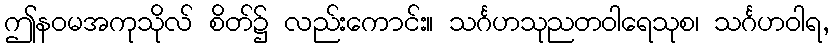
ဤနဝမအကုသိုလ် စိတ်၌ လည်းကောင်း။ သင်္ဂဟသုညတဝါရေသုစ၊ သင်္ဂဟဝါရ,